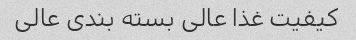
کیفیت غذا عالی بسته بندی عالی